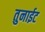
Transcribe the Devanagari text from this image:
तुनाईट